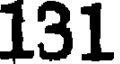
131